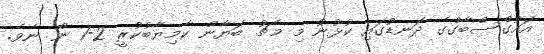
އައުގްސްބާގްގެ ދަނޑުގައި ކުޅުނު މި މެޗު ބަޔާން ކާމިޔާބުކުރީ 2-1 ން ނެވެ.